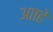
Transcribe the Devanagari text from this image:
आाहे